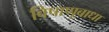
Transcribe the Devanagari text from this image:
विषाणूबाधा